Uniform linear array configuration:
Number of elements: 12
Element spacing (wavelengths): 1
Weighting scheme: hann
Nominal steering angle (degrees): -15
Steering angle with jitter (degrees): -14.754
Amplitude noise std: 0.05
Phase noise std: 0.05

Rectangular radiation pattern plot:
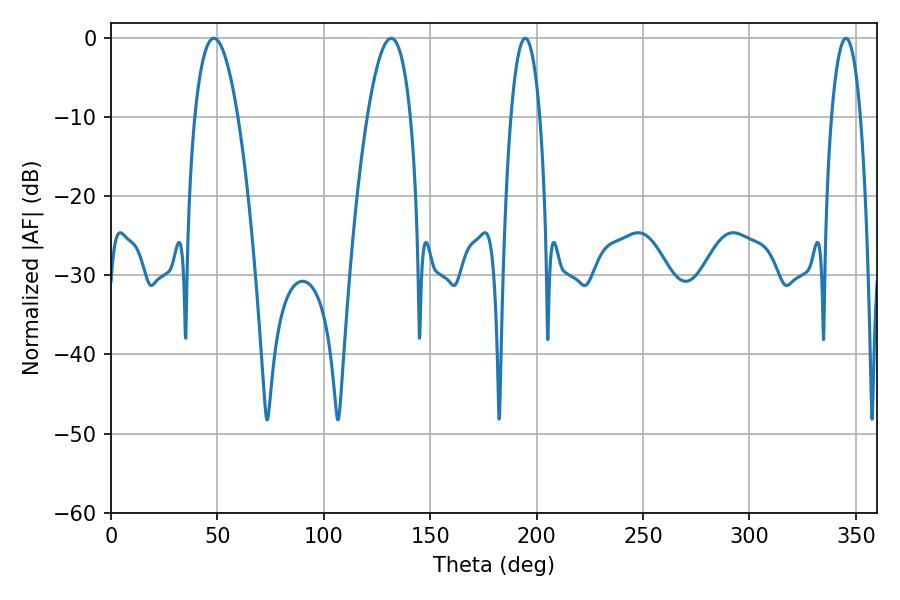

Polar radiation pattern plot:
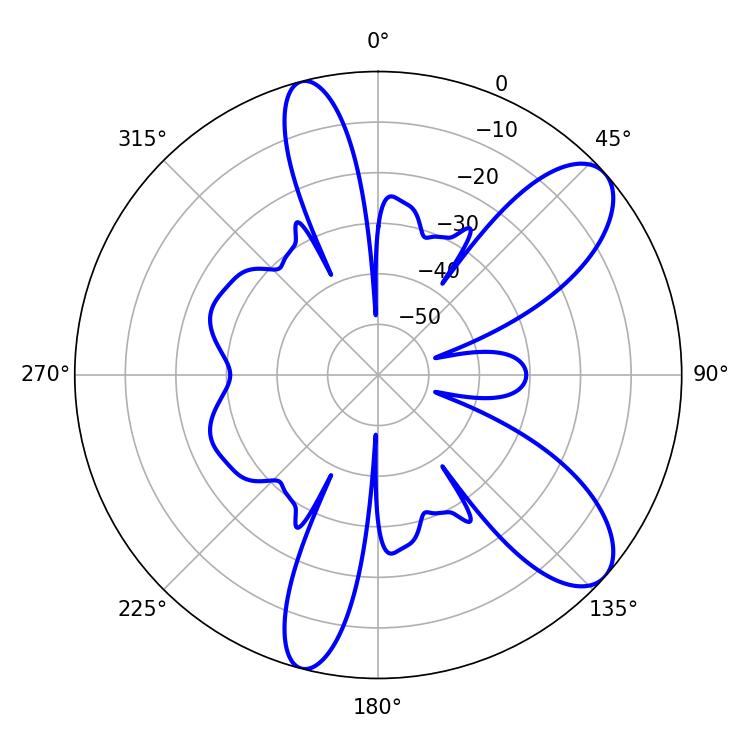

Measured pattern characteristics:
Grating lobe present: TRUE
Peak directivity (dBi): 9.195
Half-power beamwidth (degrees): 11.34
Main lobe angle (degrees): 48.42